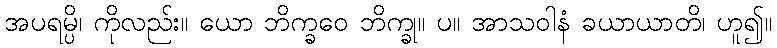
အပရမ္ပိ၊ ကိုလည်း။ ယော ဘိက္ခဝေ ဘိက္ခု။ ပ။ အာသဝါနံ ခယာယာတိ၊ ဟူ၍။